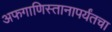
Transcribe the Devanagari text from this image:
अफगाणिस्तानापर्यंतचा